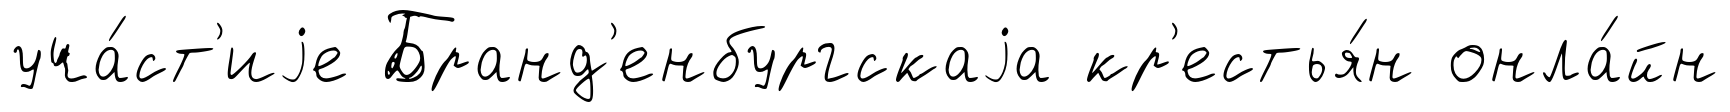
уча́ст'иjе Бранд'енбургскаjа кр'естья́н онла́йн